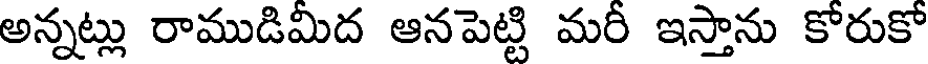
అన్నట్లు రాముడిమిద ఆనపెట్టి మరి ఇస్తాను కోరుకో